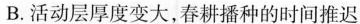
B.活动层厚度变大，春耕播种的时间推迟